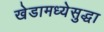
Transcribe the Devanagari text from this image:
खेडामध्येसुद्धा